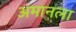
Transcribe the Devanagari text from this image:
अमानला